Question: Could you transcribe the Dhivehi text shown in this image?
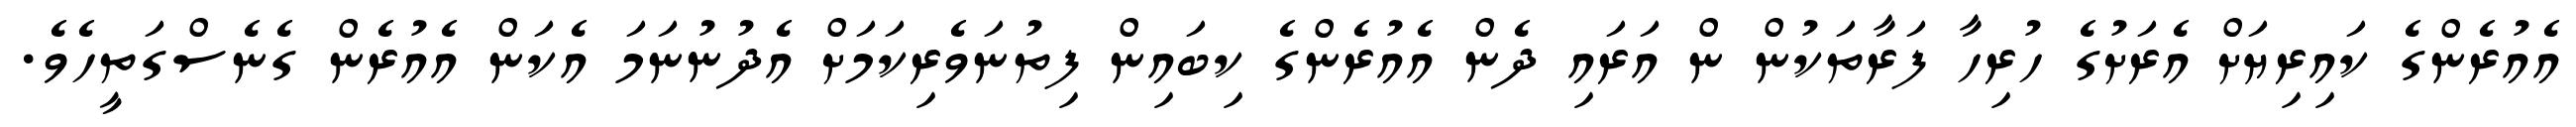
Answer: އެއުރެންގެ ކައިރިޔަށް އެރަށުގެ ހުރިހާ ފަރާތަކުން ން އަރައި ދެން އެއުރެންގެ ކިބައިން ފިތުނަވެރިކަމަށް އެދުނުނަމަ އެކަން އެއުރެން ގެނެސްގަތީހެވެ.